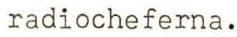
radiocheferna.